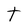
Character: t